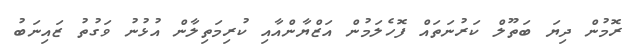
ރޮމުން ދިޔަ ބަތޫލް ކަރުނަތައް ފޮހެލަމުން އަޒްޔާންއާއި ކުރިމަތިލާން އުޅުނު ވަގުތު ޒައިނަބު